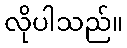
လိုပါသည်။